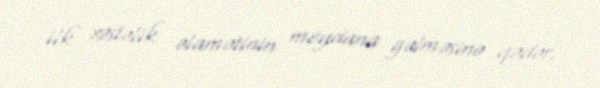
ilk xəstəlik əlamətinin meydana gəlməsinə qədər.